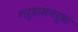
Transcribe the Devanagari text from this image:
गरुडासनरूढां